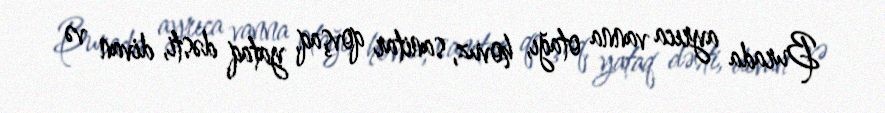
Burada ayrıca vanna otağı, hovuz, sanitar qovşaq, yataq dəsti, divan və